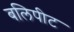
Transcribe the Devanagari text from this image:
बलिपीट